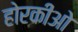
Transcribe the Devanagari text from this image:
होरकीओ